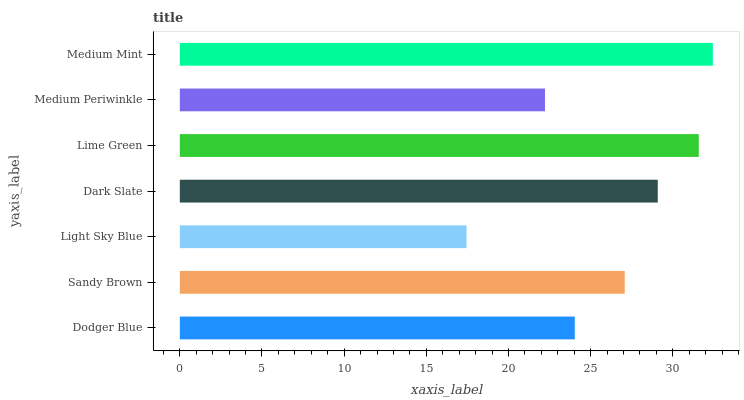
| yaxis_label | bars |
 | --- | --- |
 | Dodger Blue | 24 |
 | Sandy Brown | 27.1 |
 | Light Sky Blue | 17.4 |
 | Dark Slate | 29.1 |
 | Lime Green | 31.6 |
 | Medium Periwinkle | 22.2 |
 | Medium Mint | 32.4 |